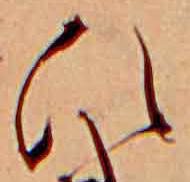
ひ